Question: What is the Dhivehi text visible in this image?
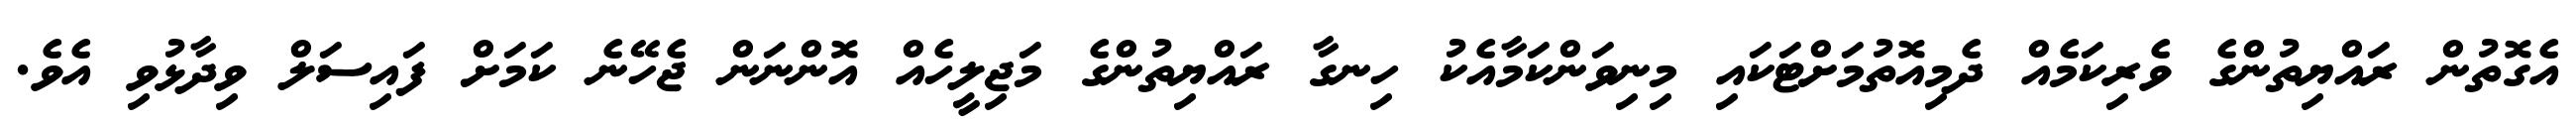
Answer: އެގޮތުން ރައްޔިތުންގެ ވެރިކަމެއް ދެމިއޮތުމަށްޓަކައި މިނިވަންކަމާއެކު ހިނގާ ރައްޔިތުންގެ މަޖިލީހެއް އޮންނަން ޖެހޭނެ ކަމަށް ފައިސަލް ވިދާޅުވި އެވެ.